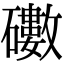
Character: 𥖻